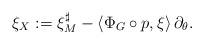
LaTeX: \begin{align*} \xi_X:= \xi_M^\sharp-\langle \Phi_G\circ p, \xi\rangle \,\partial_\theta.\end{align*}